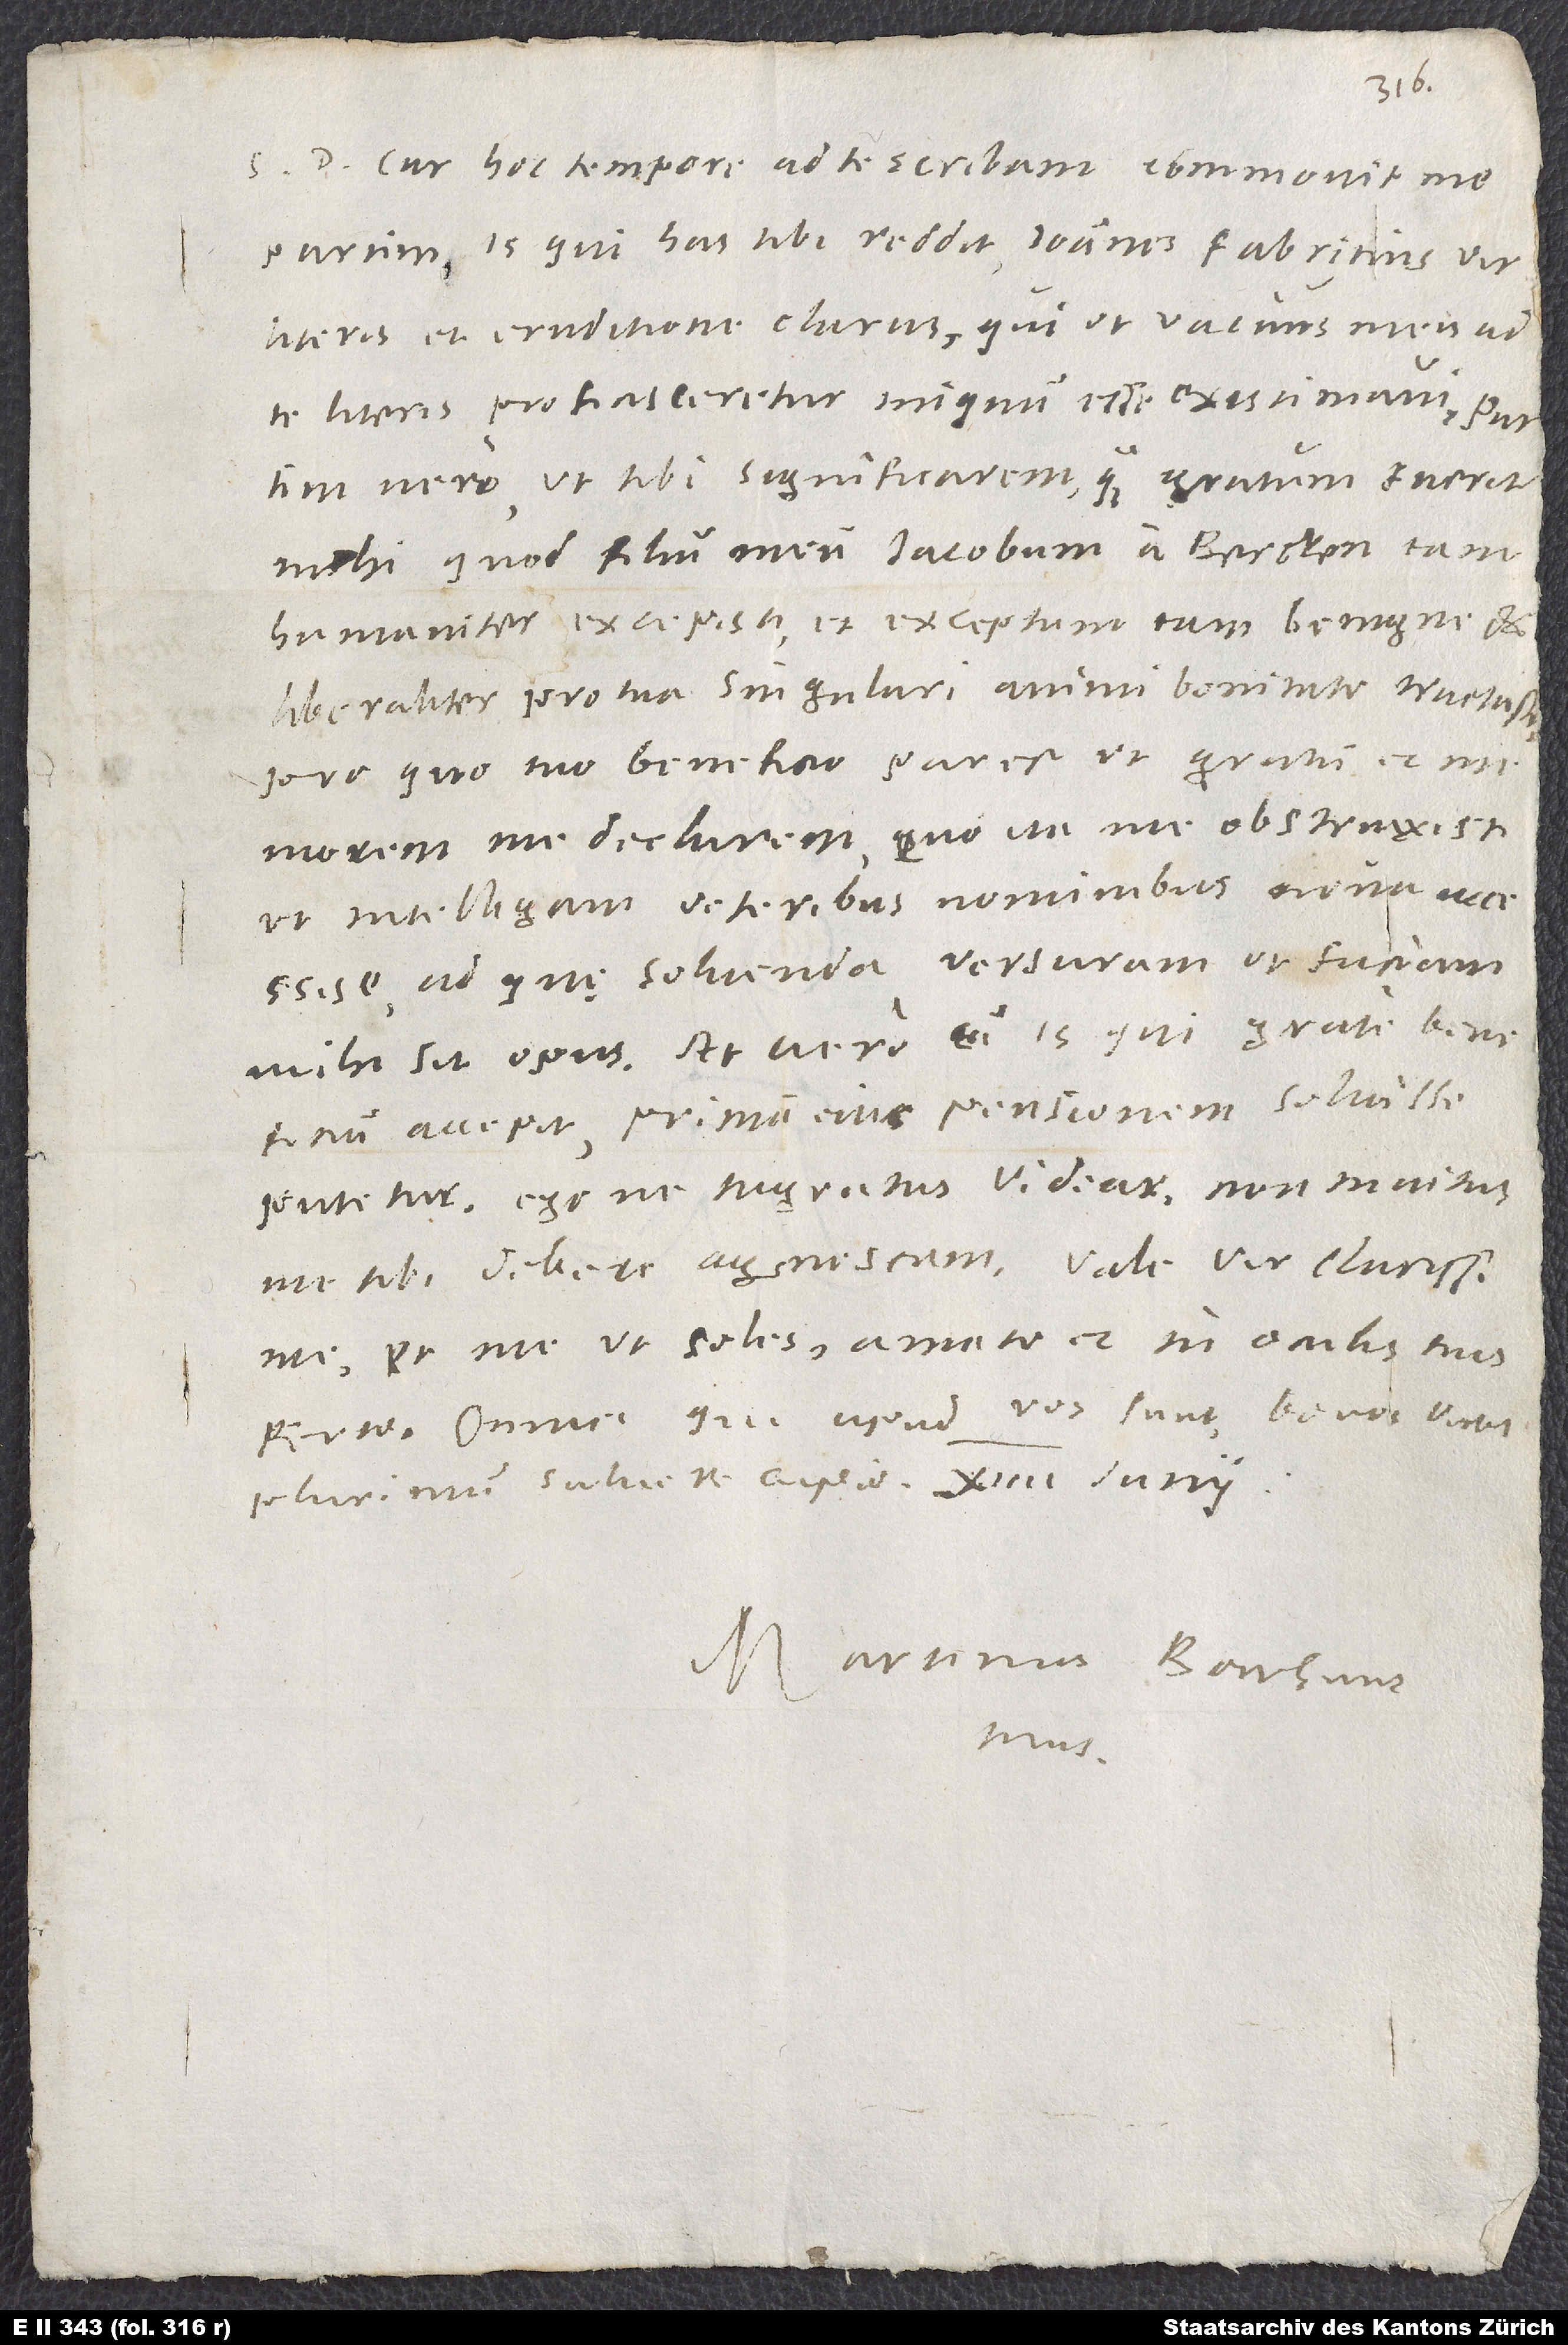
S. Cur hoc tempore ad te scribam, commovit me
partim is, qui has tibi reddit, Ioannes Fabritius, vir
vero, ut tibi significarem, quam gratum fuerit
mihi, quod filium meum Iacobum a Bercken tam
humaniter excepisti et exceptum tam benigne et
liberaliter pro tua singulari animi bonitate tractasti.
Pro quo tuo beneficio par est, ut gratum et
memorem me declarem, quo ita me obstrinxisti,
ut intelligam veteribus nominibus nova accessisse,
ad quę solvenda, versuram ut faciam,
mihi sit opus. At vero, cum is, qui grate beneficium
accepit, primam eius pensionem solvisse
putetur, ego, ne ingratus videar, non invitus
me tibi debere agnoscam. Vale, vir clarissime,
et me, ut soles, amato et in oculis tuis
ferto. Omnes, qui apud vos sunt, bonos viros
plurimum salvere cupio. 14. iunii.
Martinus Borrhaus
tuus.